Leaving Certificate Examination (including Day School Certificate (Higher) General paper), 1937
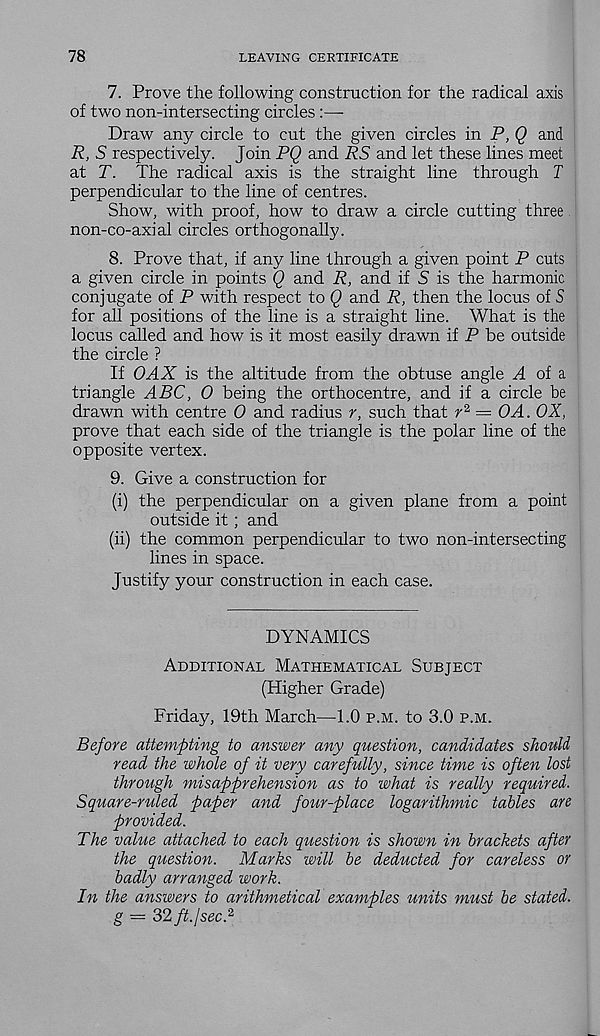
78
LEAVING CERTIFICATE
7. Prove the following construction for the radical axis
of two non-intersecting circles :—•
Draw any circle to cut the given circles in P,Q and
R, S respectively. Join PQ and RS and let these lines meet
at T. The radical axis is the straight line through T
perpendicular to the line of centres.
Show, with proof, how to draw a circle cutting three
non-co-axial circles orthogonally.
8. Prove that, if any line through a given point P cuts
a given circle in points Q and R, and if S is the harmonic
conjugate of P with respect to Q and R, then the locus of S
for all positions of the line is a straight line. What is the
locus called and how is it most easily drawn if P be outside
the circle ?
If OAX is the altitude from the obtuse angle Al of a
triangle ABC, 0 being the orthocentre, and if a circle be
drawn with centre 0 and radius r, such that r 2 = OA. OX,
prove that each side of the triangle is the polar line of the
opposite vertex.
9. Give a construction for
(i) the perpendicular on a given plane from a point
outside it; and
(ii) the common perpendicular to two non-intersecting
lines in space.
Justify your construction in each case.
DYNAMICS
Additional Mathematical Subject
(Higher Grade)
Friday, 19th March—1.0 p.m. to 3.0 p.m.
Before attempting to answer any question, candidates should
read the whole of it very carefully, since time is often lost
through misapprehension as to what is really required.
Square-ruled paper and four-place logarithmic tables are
provided.
The value attached to each question is shown in brackets after
the question. Marks will be deducted for careless or
badly arranged work.
In the answers to arithmetical examples units must be stated.
g = 32 ft./sec. 2